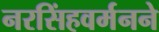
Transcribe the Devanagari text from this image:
नरसिंहवर्मनने